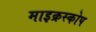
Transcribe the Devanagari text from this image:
माइक्रस्कोप